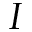
I